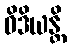
ဝိဒိယန္တိ